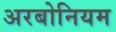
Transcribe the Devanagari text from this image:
अरबोनियम